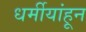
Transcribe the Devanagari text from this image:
धर्मीयांहून